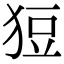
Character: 𤞟